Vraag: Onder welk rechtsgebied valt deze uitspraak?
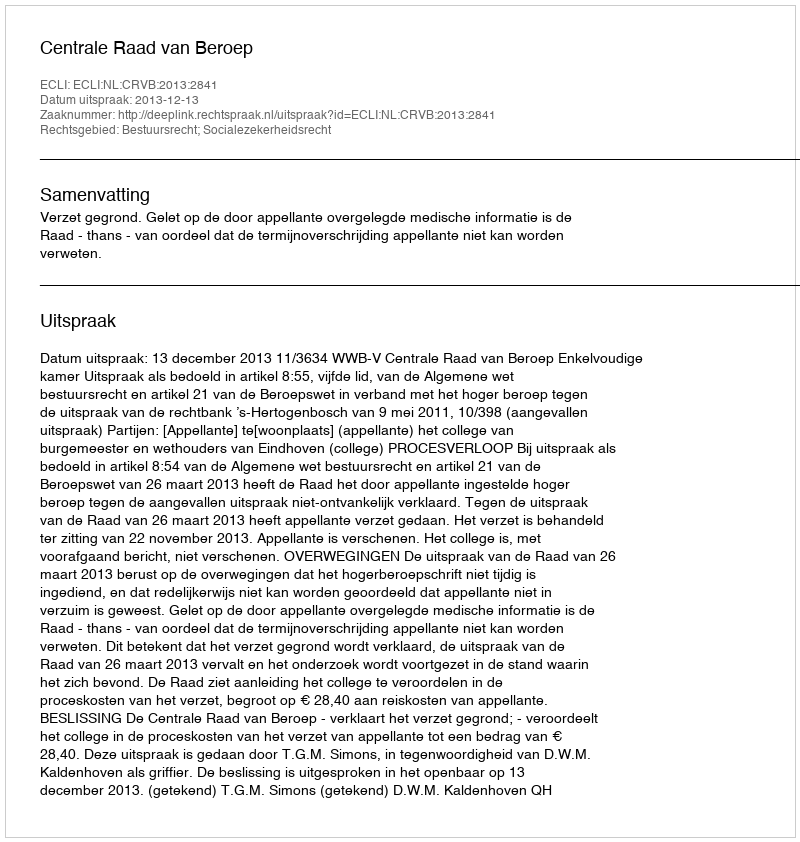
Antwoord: Bestuursrecht; Socialezekerheidsrecht